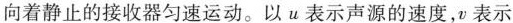
向着静止的接收器匀速运动。以u表示声源的速度，v表示